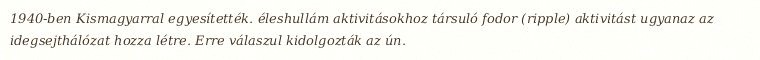
1940-ben Kismagyarral egyesítették. éleshullám aktivitásokhoz társuló fodor (ripple) aktivitást ugyanaz az idegsejthálózat hozza létre. Erre válaszul kidolgozták az ún.